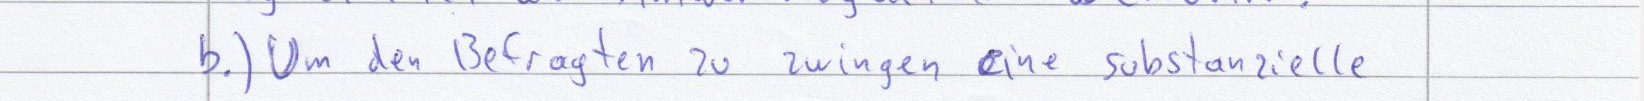
b.) Um den Befragten zu zwingen eine substanzielle